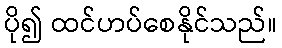
ပို၍ ထင်ဟပ်စေနိုင်သည်။